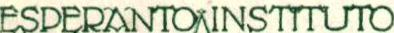
ESPERANTO INSTITUTO